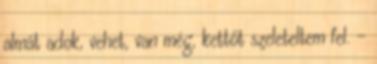
almát adok, vehet, van még, kettőt szeleteltem fel. -